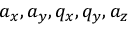
a _ { x } , a _ { y } , q _ { x } , q _ { y } , a _ { z }